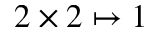
2 \times 2 \mapsto 1